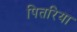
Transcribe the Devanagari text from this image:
पितरिया